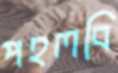
পহলবি